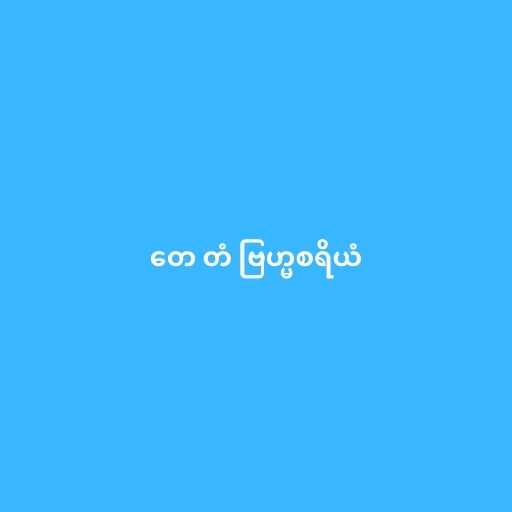
တေ တံ ဗြဟ္မစရိယံ